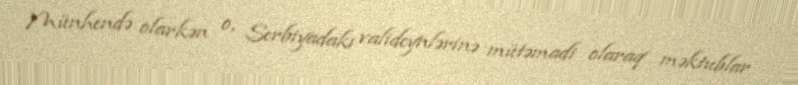
Münhendə olarkən o, Serbiyadakı valideynlərinə mütəmadi olaraq məktublar